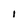
Character: 1